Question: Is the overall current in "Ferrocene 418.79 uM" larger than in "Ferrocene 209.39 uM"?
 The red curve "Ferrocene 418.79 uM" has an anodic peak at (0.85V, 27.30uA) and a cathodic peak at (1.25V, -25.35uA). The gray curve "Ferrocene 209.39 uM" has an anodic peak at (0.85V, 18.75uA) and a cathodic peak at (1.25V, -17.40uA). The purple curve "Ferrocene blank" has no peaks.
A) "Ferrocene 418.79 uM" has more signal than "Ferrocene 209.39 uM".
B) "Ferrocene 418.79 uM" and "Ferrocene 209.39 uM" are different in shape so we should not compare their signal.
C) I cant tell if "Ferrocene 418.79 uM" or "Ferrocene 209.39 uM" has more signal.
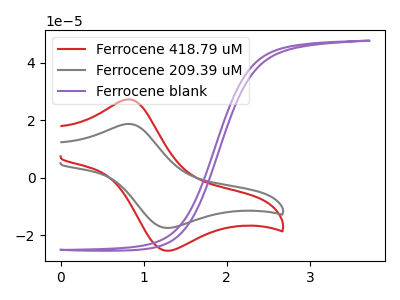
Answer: <think>All the peaks in "Ferrocene 418.79 uM" have a peak in "Ferrocene 209.39 uM" at the same potential. Every peak in "Ferrocene 418.79 uM" is higher than every peak in "Ferrocene 209.39 uM".
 </think>
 <answer>A) "Ferrocene 418.79 uM" has more signal than "Ferrocene 209.39 uM".</answer>
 <eval>A</eval>